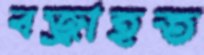
বজ্রাহত